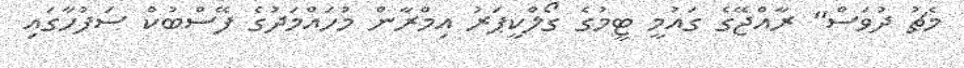
މެޗު ދުވަސް" ރާއްޖޭގެ ގައުމީ ޓީމުގެ ގޯލްކީޕަރު އިމްރާން މުހައްމަދުގެ ފޭސްބުކް ސަފުހާގައި